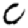
Digit: 0